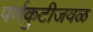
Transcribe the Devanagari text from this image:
पर्णकुटीजवळ